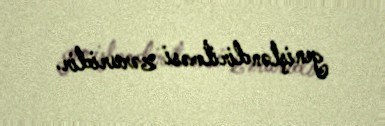
genişləndirilməsi zəruridir.